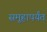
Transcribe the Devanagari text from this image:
समूहापर्यंत